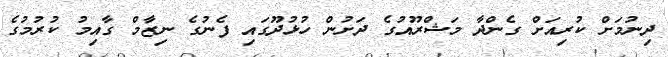
ދިނުމަށް ކުރިއަށް ގެންދާ މަޝްރޫއުގެ ދަށުން ހުޅުދޫގައި ފެނުގެ ނިޒާމް ގާއިމު ކުރުމުގެ